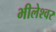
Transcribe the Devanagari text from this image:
भीलेश्‍वर